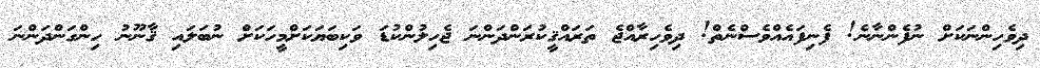
ދިވެހިންނަކަށް ނުފެންނާނެ! ފެނިފައެއްވެސްނެތް! ދިވެހިރާއްޖެ ތަރައްޤީކުރަންދަންނަ ޖެހިލުންކުޑަ ވަކިބަޔަކަށްމީހަކަށް ނުބަލައި ޤާނޫނު ހިންގަންދަންނަ